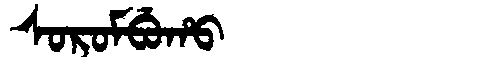
Manchu: ᠰᠣᡵᠣᠮᠪᡠᡥᠣ
Romanization: SOROMBUHO